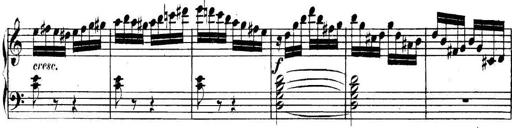
Title: Collected Piano Sonatas
Composer: Muzio Clementi